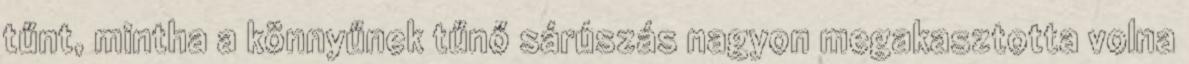
tűnt, mintha a könnyűnek tűnő sárúszás nagyon megakasztotta volna